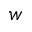
\boldsymbol { w }